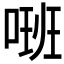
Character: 𠺚